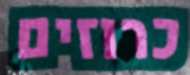
כרוזים